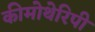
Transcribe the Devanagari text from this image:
कीमोथेरिपी